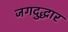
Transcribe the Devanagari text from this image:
जगदुद्धार